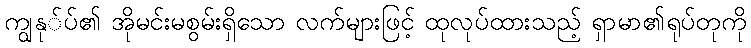
ကျွနု်ပ်၏ အိုမင်းမစွမ်းရှိသော လက်များဖြင့် ထုလုပ်ထားသည့် ရှာမာ၏ရုပ်တုကို